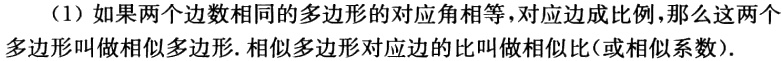
（1）如果两个边数相同的多边形的对应角相等，对应边成比例，那么这两个多边形叫做相似多边形. 相似多边形对应边的比叫做相似比（或相似系数）.